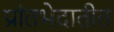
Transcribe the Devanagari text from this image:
प्रांतभेदातीत